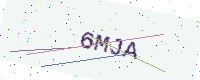
Text: 6MJA